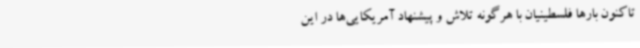
تاکنون بارها فلسطینیان با هرگونه تلاش و پیشنهاد آمریکایی‌ها در این